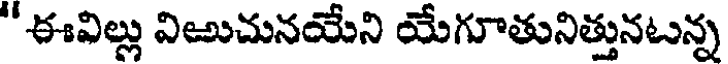
"ఈవిల్లు విఱుచునయేని యేగూతునిత్తునటన్న